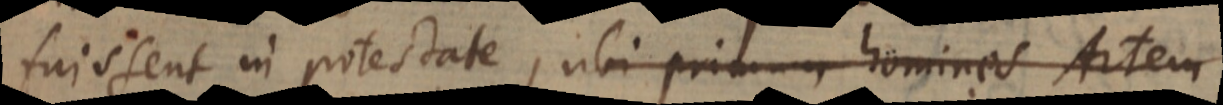
fuissent in potestate, ubi primum homines Artem